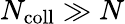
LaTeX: N_{\mathrm{coll}}\gg N